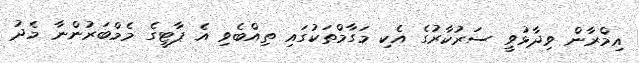
އިމްރާން ވިދާޅުވީ ސަރުކާރުގެ އެކި މަގާމްތަކުގައި ތިއްބެވި އެ ޕާޓީގެ މެމްބަރުންނާ މެދު